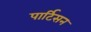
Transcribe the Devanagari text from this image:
पार्टिसन